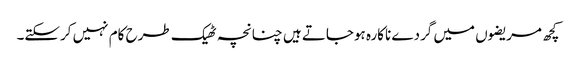
کچھ مریضوں میں گردے ناکارہ ہوجاتے ہیں چنانچہ ٹھیک طرح کام نہیں کرسکتے۔